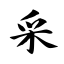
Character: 采